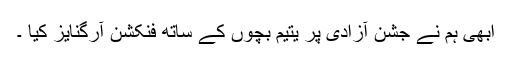
ابھی ہم نے جشن آزادی پر یتیم بچوں کے ساتھ فنکشن آرگنایز کیا ۔